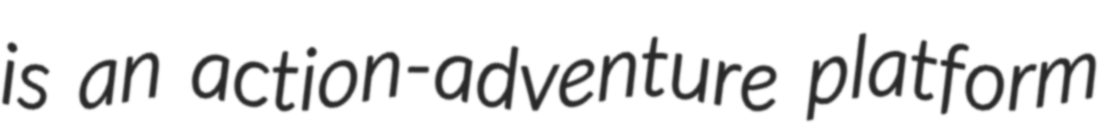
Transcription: is an action-adventure platform